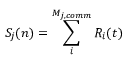
S _ { j } ( n ) = \sum _ { i } ^ { M _ { j , c o m m } } R _ { i } ( t )